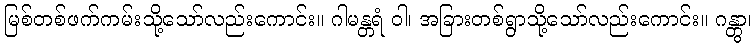
မြစ်တစ်ဖက်ကမ်းသို့သော်လည်းကောင်း။ ဂါမန္တရံ ဝါ၊ အခြားတစ်ရွာသို့သော်လည်းကောင်း။ ဂန္တွာ၊